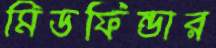
মিডফিন্ডার